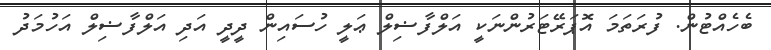
ބެހެއްޓުން. ފުރަތަމަ އޮޕަރޭޓަރުންނަކީ އަލްފާޟިލް ޢަލީ ހުސައިން ދީދީ އަދި އަލްފާޟިލް އަހުމަދު